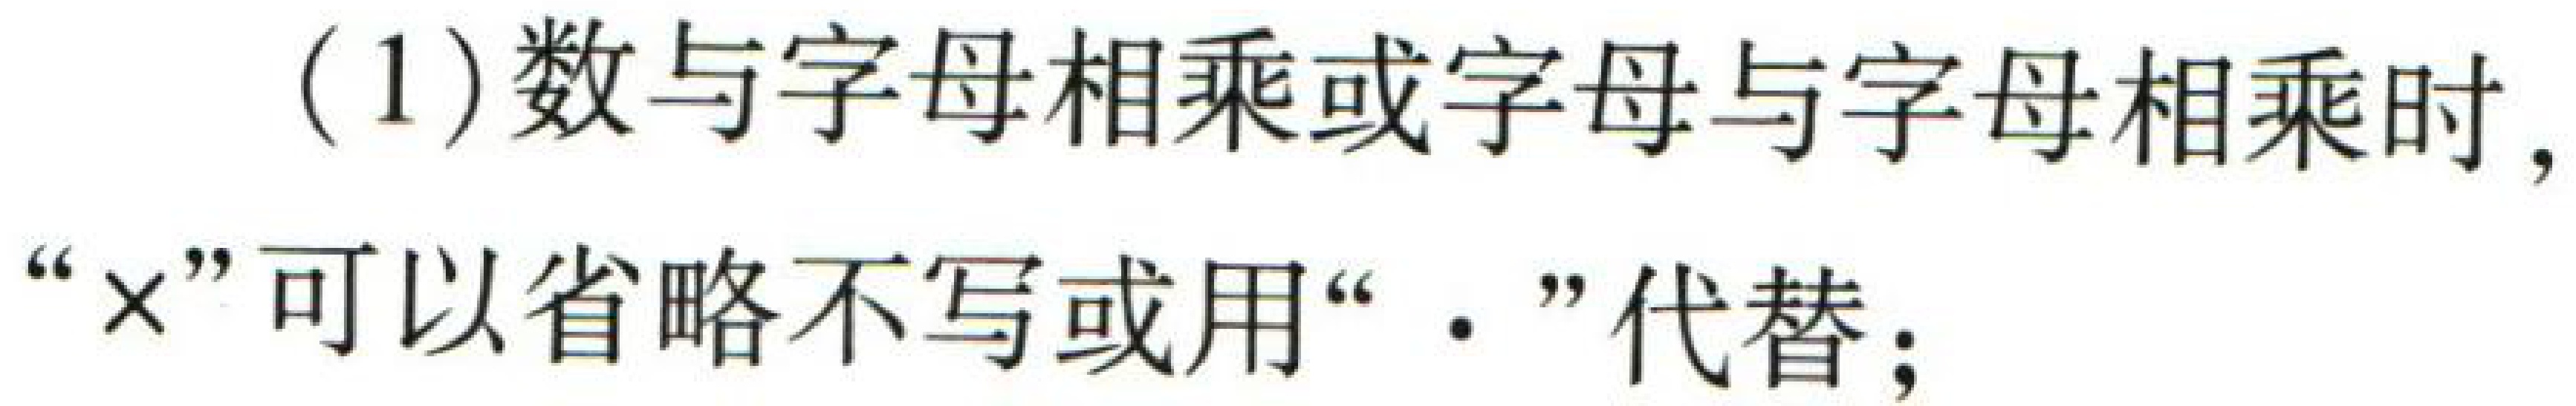
(1)数与字母相乘或字母与字母相乘时，“$\times$”可以省略不写或用“$\cdot$”代替；